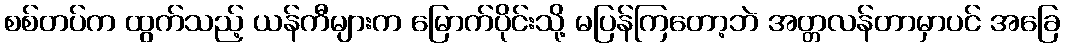
စစ်တပ်က ထွက်သည့် ယန်ကီများက မြောက်ပိုင်းသို့ မပြန်ကြတော့ဘဲ အတ္တလန်တာမှာပင် အခြေ